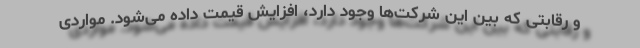
و رقابتی که بین این شرکت‌ها وجود دارد، افزایش قیمت داده می‌شود. مواردی